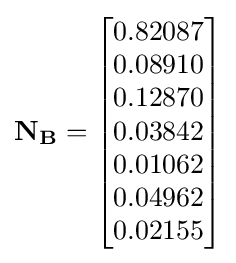
\mathbf {N_{B}} ={\begin{bmatrix}0.82087\\0.08910\\0.12870\\0.03842\\0.01062\\0.04962\\0.02155\end{bmatrix}}